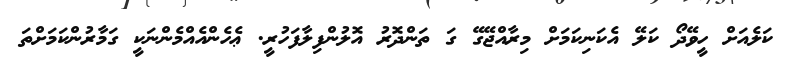
ކަލެއަށް ހީވޭދޯ ކަލޭ އެކަނިކަމަށް މިރާއްޖޭގޭ ގަ ތަންދޮރު އޮލުންފިލާފަހުރީ. ޢެހެންއެއްމެންނަކީ ގަމާރުންކަމަށްތަ